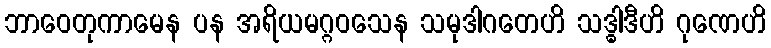
ဘာဝေတုကာမေန ပန အရိယမဂ္ဂဝသေန သမုဒါဂတေဟိ သဒ္ဓါဒီဟိ ဂုဏေဟိ